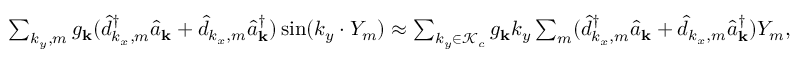
\begin{array} { r l } & { \sum _ { k _ { y } , m } { g _ { \bf k } } ( \hat { d } _ { k _ { x } , m } ^ { \dagger } \hat { a } _ { \bf k } + \hat { d } _ { k _ { x } , m } \hat { a } _ { \bf k } ^ { \dagger } ) \sin ( k _ { y } \cdot Y _ { m } ) \approx \sum _ { k _ { y } \in \mathcal { K } _ { c } } { g _ { \bf k } } k _ { y } \sum _ { m } ( \hat { d } _ { k _ { x } , m } ^ { \dagger } \hat { a } _ { \bf k } + \hat { d } _ { k _ { x } , m } \hat { a } _ { \bf k } ^ { \dagger } ) Y _ { m } , } \end{array}